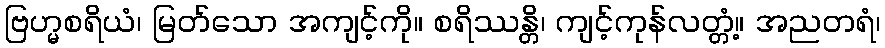
ဗြဟ္မစရိယံ၊ မြတ်သော အကျင့်ကို။ စရိဿန္တိ၊ ကျင့်ကုန်လတ္တံ့။ အညတရံ၊